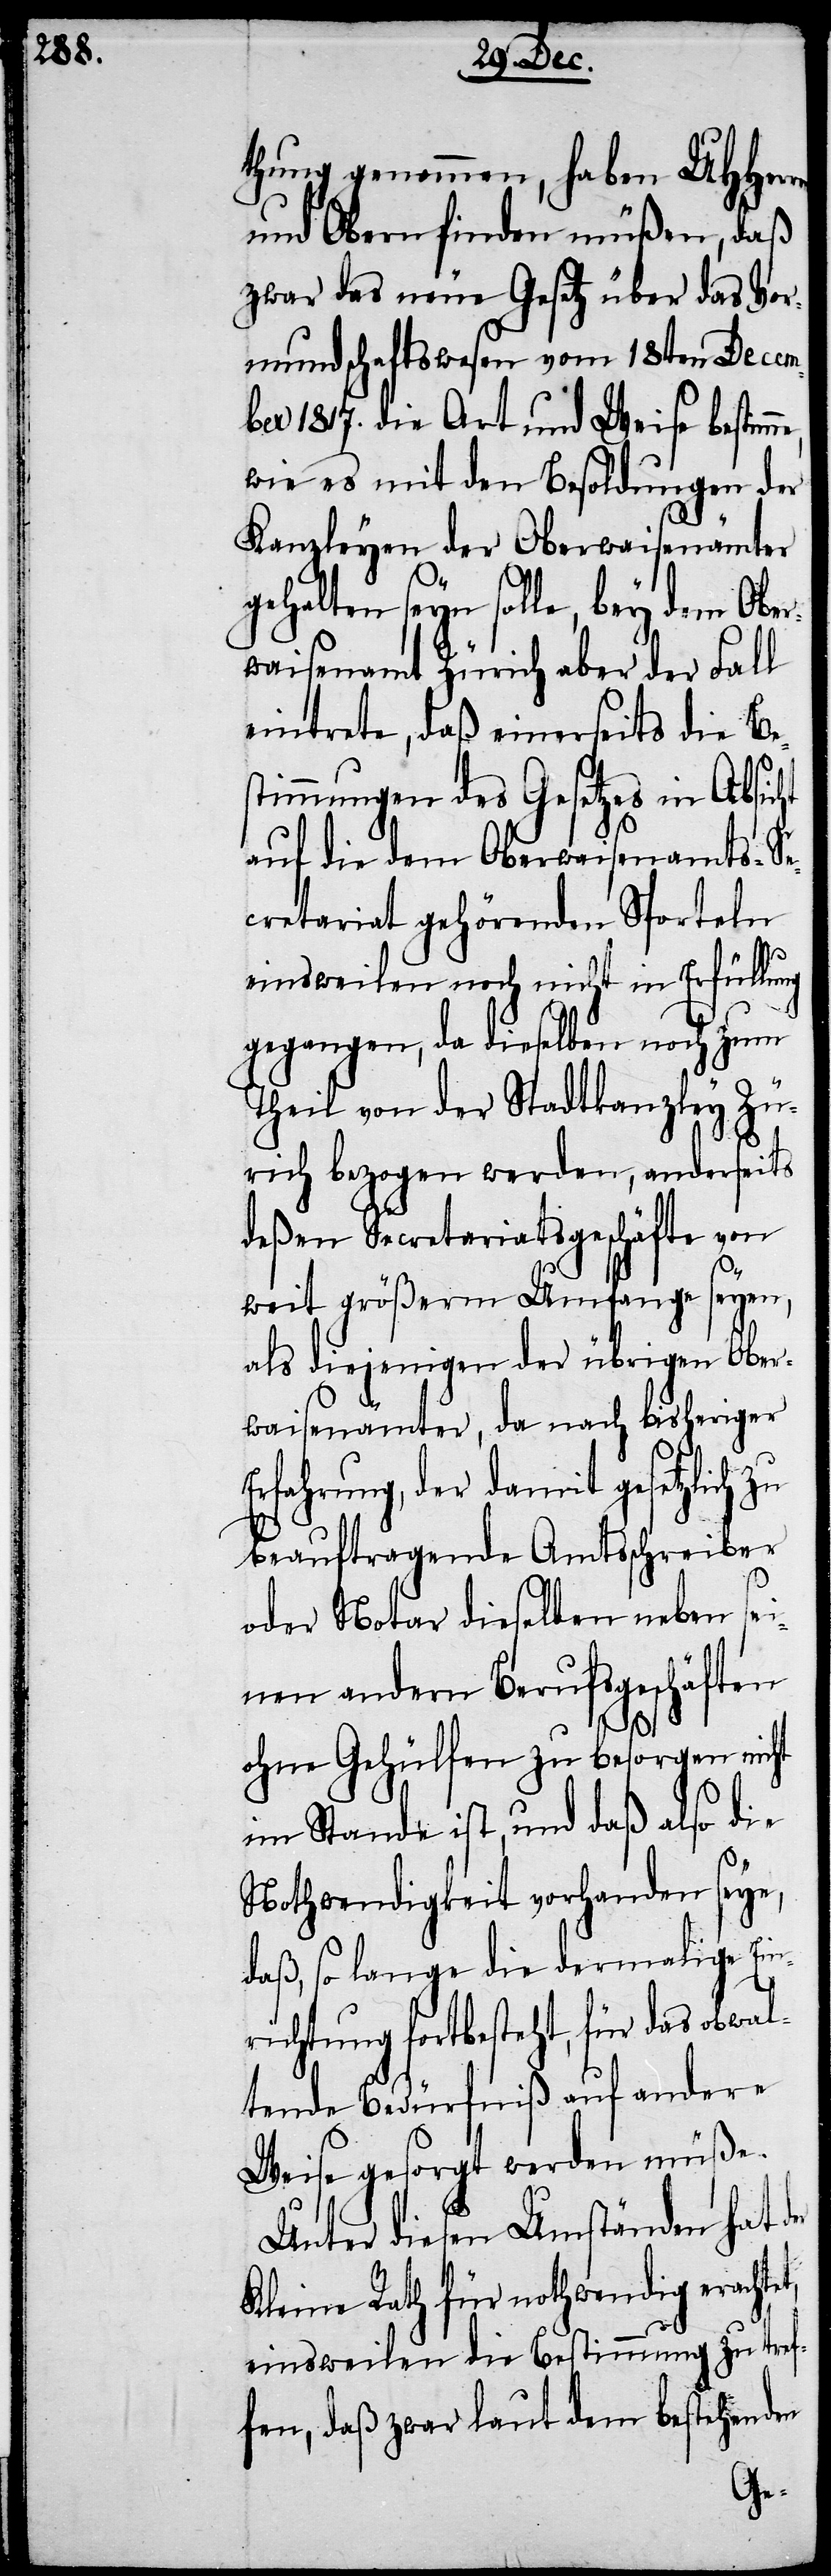
thung genommen, haben UHHer¬
und Obern finden müßen, daß
zwar das neue Gesetz über das Vor¬
mundschaftswesen vom 18ten Decem¬
ber 1817. die Art und Weise bestim¬
wie es mit den Besoldungen der
Kanzleyen der Oberwaisenämter
gehalten seyn solle, bey dem Ober¬
waisenamt Zürich aber der Fall
eintrete, daß einerseits die Bes¬
timmungen des Gesetzes in Absic¬
auf den dem Oberwaisenamts-Se¬
cretariat gehörenden Sporteln
einsweilen noch nicht in Erfüllu¬
gegangen, da dieselben noch zum
Theil von der Stadtkanzley Zü¬
rich bezogen werden, anderseits
deßen Secretariatsgeschäfte von
weit größerm Umfange seyen,
als diejenigen der übrigen Ober¬
waisenämter, da nach bisheriger
Erfahrung, der damit gesetzlich
beauftragende Amtsschreiber
oder Notar dieselben neben sei¬
nen andern Berufsgeschäften
t,
ohne Gehülfen zu besorgen nicht
im Stande ist, und daß also die
Nothwendigkeit vorhanden seye,
daß, so lange die dermalige Ein¬
richtung fortbesteht, für das obwal¬
tende Bedürfniß auf andere
Weise gesorgt werden müße.
Unter diesen Umständen hat d¬
Kleine Rath für nothwendig erachte¬
einsweilen die Bestimmung zu tref¬
fen, daß zwar laut dem bestehenden